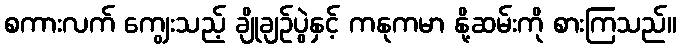
စကားလက် ကျွေးသည့် ချိုချဉ်ပွဲနှင့် ကနုကမာ နို့ဆမ်းကို စားကြသည်။